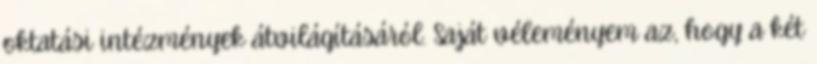
oktatási intézmények átvilágításáról. Saját véleményem az, hogy a két